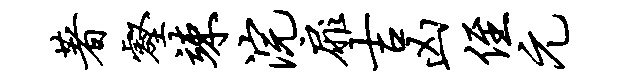
著壑竦浣扉吉凶侄元